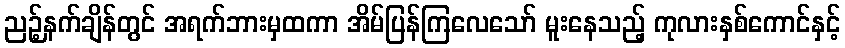
ညဉ့်နက်ချိန်တွင် အရက်ဘားမှထကာ အိမ်ပြန်ကြလေသော် မူးနေသည့် ကုလားနှစ်ကောင်နှင့်